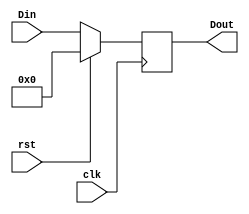
// Parallel-In Parallel-Out Shift Register

module Day27_PIPO(input[3:0] Din,
                  input rst,
                  input clk,
                  output reg [3:0] Dout);
  
  always @ (posedge clk)
    begin
      if (rst)
        Dout <= 4'b0000;
      else
        Dout <= Din;
    end
endmodule